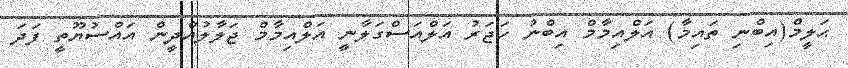
ޙަލީމް(އިބްނި ތައިމާ) އަލްއިމާމް އިބްނު ހަޖަރު އަލްއަސްގަލާނީ އަލްއިމާމް ޖަލާލުއްދީން އައްސުޔޫތީ ފަދަ